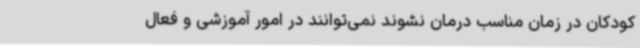
کودکان در زمان مناسب درمان نشوند نمی‌توانند در امور آموزشی و فعال